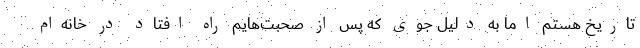
تاریخ هستم اما به دلیل جوی که پس از صحبت‌هایم راه افتاد در خانه‌ام